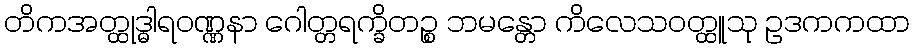
တိကအတ္ထုဒ္ဓါရဝဏ္ဏနာ ဂေါတ္တရက္ခိတဉ္စ ဘမန္တော ကိလေသဝတ္ထူသု ဥဒကကထာ